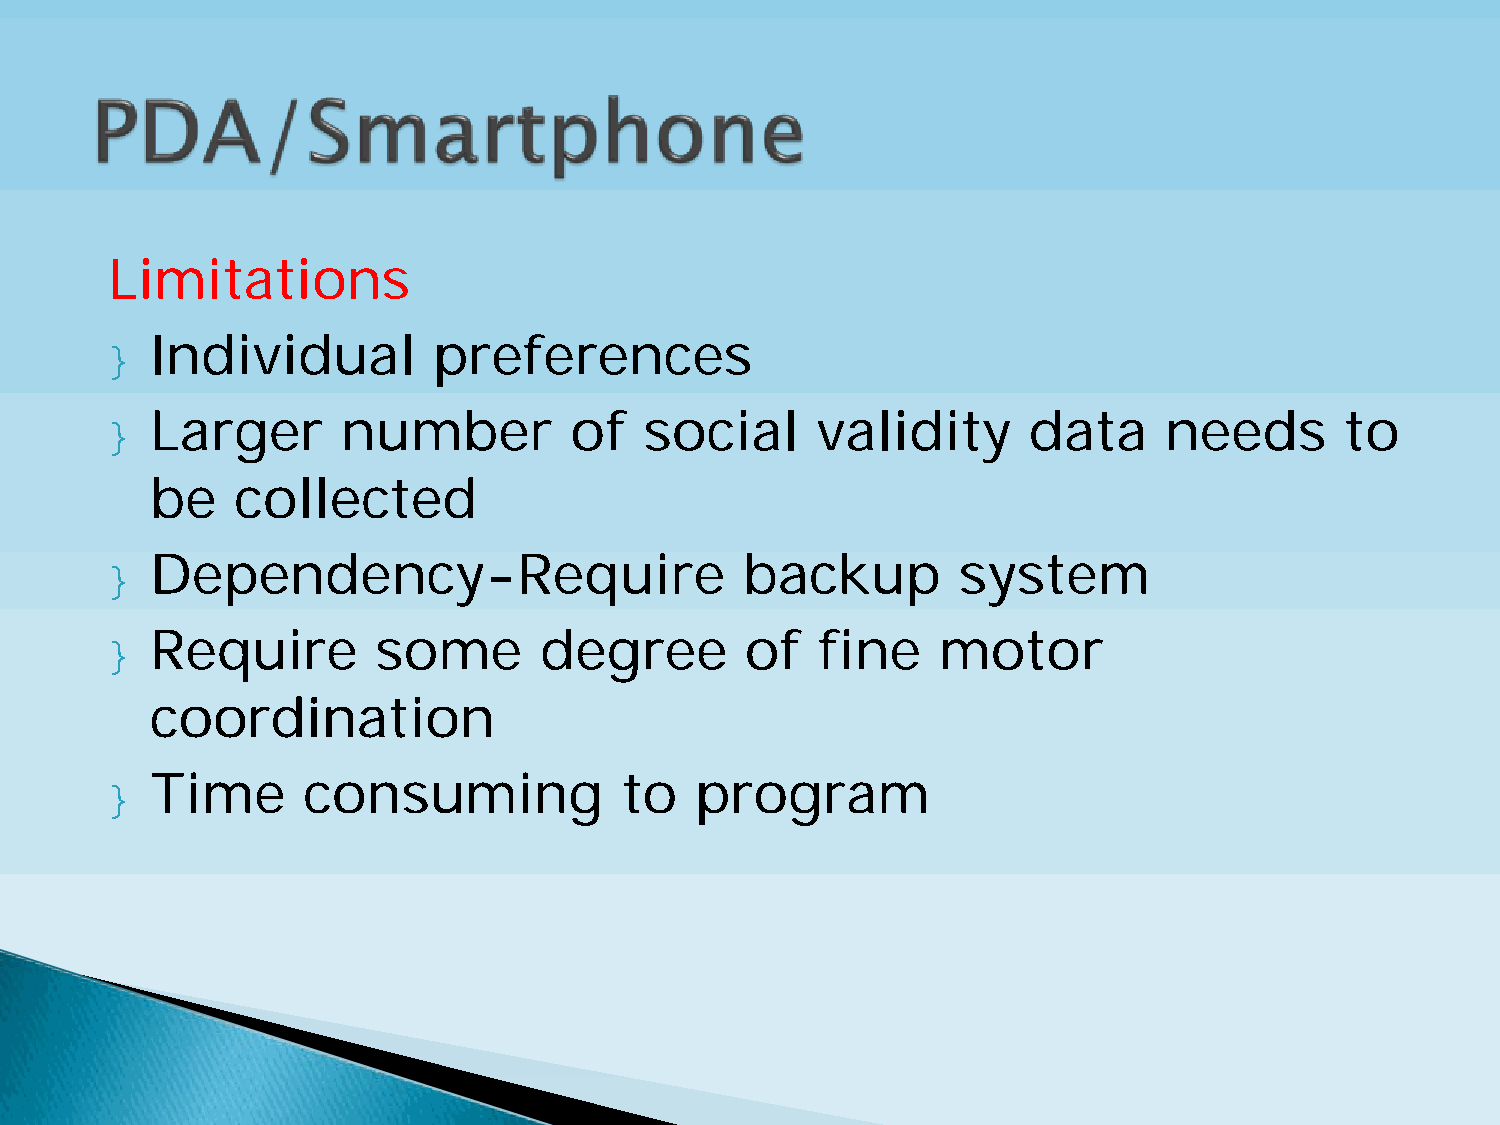
Limitations
 }  Individual         preferences
 }  Larger       number         of   social     validity      data     needs       to
 be    collected
 }  Dependency-Require                     backup        system
 }  Require        some       degree       of   fine    motor
 coordination
 }  Time      consuming            to   program